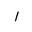
Letter: _alif